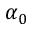
\alpha _ { 0 }